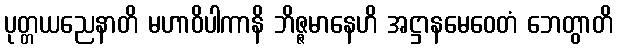
ပုတ္တယညေနာတိ မဟာဝိပါကာနိ ဘိဇ္ဇမာနေဟိ အဋ္ဌာနမေဝေတံ ဘေတွာတိ